Insane asylums in Bengal annual reports 1867-1875 - 1867-1875
Year: 1867
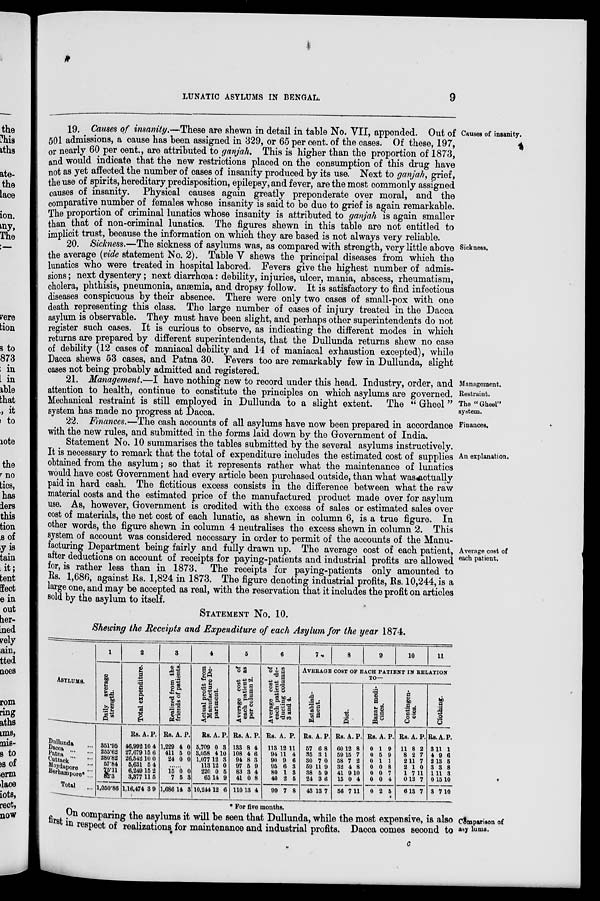
LUNATIC ASYLUMS IN BENGAL.
9
Causes of insanity.
19. Causes of insanity.—These are shewn in detail in table No. VII, appended. Out of
501 admissions, a cause has been assigned in 329, or 65 per cent. of the cases. Of these, 197,
or nearly 60 per cent., are attributed to ganjah. This is higher than the proportion of 1873,
and would indicate that the new restrictions placed on the consumption of this drug have
not as yet affected the number of cases of insanity produced by its use. Next to ganjah, grief,
the use of spirits, hereditary predisposition, epilepsy, and fever, are the most commonly assigned
causes of insanity. Physical causes again greatly preponderate over moral, and the
comparative number of females whose insanity is said to be due to grief is again remarkable.
The proportion of criminal lunatics whose insanity is attributed to ganjah is again smaller
than that of non-criminal lunatics. The figures shewn in this table are not entitled to
implicit trust, because the information on which they are based is not always very reliable.
Sickness.
20. Sickness.—The sickness of asylums was, as compared with strength, very little above
the average (vide statement No. 2). Table V shews the principal diseases from which the
lunatics who were treated in hospital labored. Fevers give the highest number of admis-
sions; next dysentery; next diarrhœa: debility, injuries, ulcer, mania, abscess, rheumatism,
cholera, phthisis, pneumonia, anæmia, and dropsy follow. It is satisfactory to find infectious
diseases conspicuous by their absence. There were only two cases of small-pox with one
death representing this class. The large number of cases of injury treated in the Dacca
asylum is observable. They must have been slight, and perhaps other superintendents do not
register such cases. It is curious to observe, as indicating the different modes in which
returns are prepared by different superintendents, that the Dullunda returns shew no case
of debility (12 cases of maniacal debility and 14 of maniacal exhaustion excepted), while
Dacca shews 53 cases, and Patna 30. Fevers too are remarkably few in Dullunda, slight
cases not being probably admitted and registered.
Management.
Restraint.
The "Gheel"
system.
21. Management.—I have nothing new to record under this head. Industry, order, and
attention to health, continue to constitute the principles on which asylums are governed.
Mechanical restraint is still employed in Dullunda to a slight extent. The " Gheel "
system has made no progress at Dacca.
Finances.
22. Finances.—The cash accounts of all asylums have now been prepared in accordance
with the new rules, and submitted in the forms laid down by the Government of India.
Statement No. 10 summarises the tables submitted by the several asylums instructively.
An explanation.
Average cost of
each patient.
It is necessary to remark that the total of expenditure includes the estimated cost of supplies
obtained from the asylum; so that it represents rather what the maintenance of lunatics
would have cost Government had every article been purchased outside, than what was actually
paid in hard cash. The fictitious excess consists in the difference between what the raw
material costs and the estimated price of the manufactured product made over for asylum
use. As, however, Government is credited with the excess of sales or estimated sales over
cost of materials, the net cost of each lunatic, as shewn in column 6, is a true figure. In
other words, the figure shewn in column 4 neutralises the excess shewn in column 2. This
system of account was considered necessary in order to permit of the accounts of the Manu-
facturing Department being fairly and fully drawn up. The average cost of each patient,
after deductions on account of receipts for paying-patients and industrial profits are allowed
for, is rather less than in 1873. The receipts for paying-patients only amounted to
Rs. 1,686, against Rs. 1,824 in 1873. The figure denoting industrial profits, Rs. 10,244, is a
large one, and may be accepted as real, with the reservation that it includes the profit on articles
sold by the asylum to itself.
STATEMENT No. 10.
Showing the Receipts and Expenditure of each Asylum for the year 1874.
ASYLUMS.
Dullunda ...
Dacca ... ...
Patna ... ...
Cuttack ...
Moydapore ...
Berhampore* ...
Total ...
1
Daily average
strength.
351.95
255.62
280.82
57.84
75.11
82.3
1,050.86
2
Total expenditure.
Rs.
46,992
27,679
26,542
5,631
6,249
3,377
1,16,474
A.
10
15
10
5
15
11
3
P.
4
6
0
4
2
5
9
3
Realized from the
friends of patients.
Rs.
1,229
411
24
A.
4
5
0
P.
0
0
0
......
15
7
1,686
0
5
14
0
3
3
4
Actual profit from
Manufacture De-
partment.
Rs.
5,709
3,058
1,077
113
220
65
10,244
A.
0
4
12 12 0
14
12
P.
3
10
3
0
5
9
6
5
Average cost of
each patient as
per column 2.
Rs.
133
108
94
97
83
41
110
A.
8
4
8
5
3
0
13
P.
4
6
3
9
4
8
4
6
Average cost of
each patient de-
ducting columns
3 and 4.
Rs.
113
94
90
95
80
40
99
A.
12
11
9
6
1
2
7
P.
11
4
6
3
3
5
8
7
8
9
10
11
AVERAGE COST OF EACH PATIENT IN RELATION
TO—
Establish-
ment.
Rs.
57
35
30
59
38
24
43
A.
6
3
7
11
5
3
13
P.
8
1
0
9
9
6
7
Diet.
Rs.
60
59
58
32
41
15
56
A.
12
15
7
4
9
0
7
P.
8
7
2
8
10
4
11
Bazar medi-
cines.
Rs.
0
0
0
0
0
0
0
A.
1
5
1
0
0
0
2
P.
9
9
1
8
7
4
5
Contingen-
cies.
Rs.
11
8
2
2
1
0
6
A.
8
2
11
1
7
12
13
P.
2
7
7
0
11
7
7
Clothing.
Rs.
3
4
2
3
1
0
3
A.
11
9
13
3
11
15
7
P.
1
6
5
8
3
10
10
* For five months.
On c o ma p r i n g the asylums it will be seen that Dullunda, while the most expensive, is also Comparison of
first in respect of realizations for maintenance and industrial profits. Dacca comes second to asylums.
c